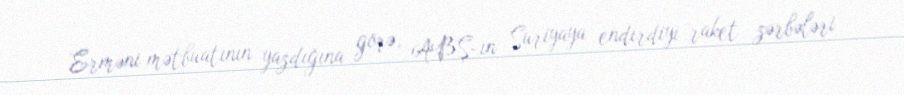
Erməni mətbuatının yazdığına görə, ABŞ-ın Suriyaya endirdiyi raket zərbələri